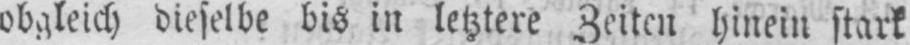
obgleich dieselbe bis in letztere Zeiten hinein stark